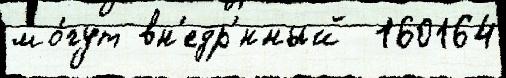
мо́гут вн'едр'́нный  160164